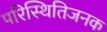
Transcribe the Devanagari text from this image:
परिस्थितिजनक